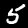
Label: 5